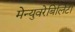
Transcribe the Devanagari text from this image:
मेन्युवरेबिलिटी